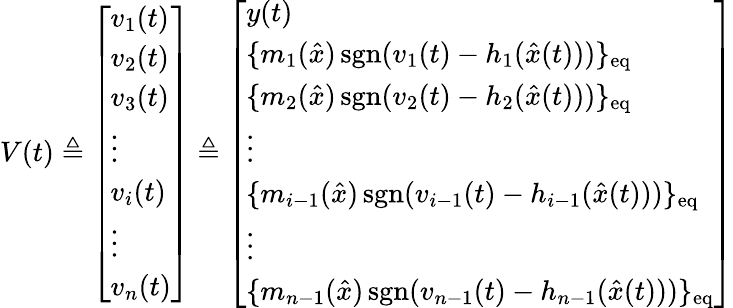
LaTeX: V(t)\triangleq{\left[\begin{array}{l}{v_{1}(t)}\\ {v_{2}(t)}\\ {v_{3}(t)}\\ {\vdots}\\ {v_{i}(t)}\\ {\vdots}\\ {v_{n}(t)}\end{array}\right]}\triangleq{\left[\begin{array}{l}{y(t)}\\ {\{ m_{1}({\hat{x}})\operatorname{sgn}(v_{1}(t)-h_{1}({\hat{x}}(t)))\} _{\mathrm{eq}}}\\ {\{ m_{2}({\hat{x}})\operatorname{sgn}(v_{2}(t)-h_{2}({\hat{x}}(t)))\} _{\mathrm{eq}}}\\ {\vdots}\\ {\{ m_{i-1}({\hat{x}})\operatorname{sgn}(v_{i-1}(t)-h_{i-1}({\hat{x}}(t)))\} _{\mathrm{eq}}}\\ {\vdots}\\ {\{ m_{n-1}({\hat{x}})\operatorname{sgn}(v_{n-1}(t)-h_{n-1}({\hat{x}}(t)))\} _{\mathrm{eq}}}\end{array}\right]}